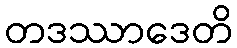
တဒဿာဒေတိ